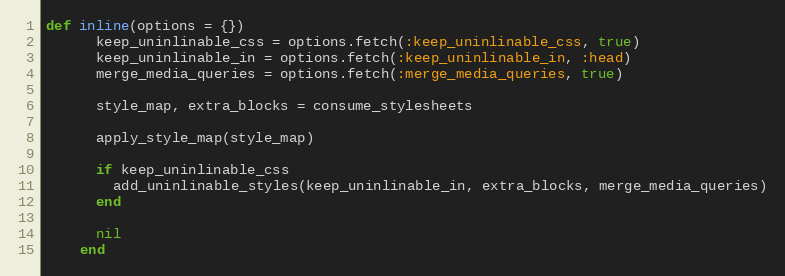
Language: Ruby
def inline(options = {})
      keep_uninlinable_css = options.fetch(:keep_uninlinable_css, true)
      keep_uninlinable_in = options.fetch(:keep_uninlinable_in, :head)
      merge_media_queries = options.fetch(:merge_media_queries, true)

      style_map, extra_blocks = consume_stylesheets

      apply_style_map(style_map)

      if keep_uninlinable_css
        add_uninlinable_styles(keep_uninlinable_in, extra_blocks, merge_media_queries)
      end

      nil
    end